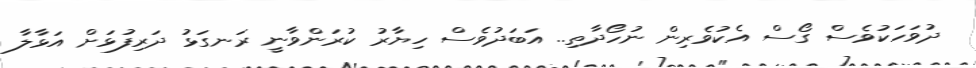
ދުވަހަކުވެސް ގޯސް އެކުވެރިން ނުހޯދާތި.. އަބަދުވެސް ހިޔާރު ކުރަންވާނީ ރަނގަޅު ދަރިފުޅަށް އަޅާލާ